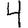
Digit: 4